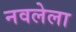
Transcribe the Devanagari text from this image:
नवलेला